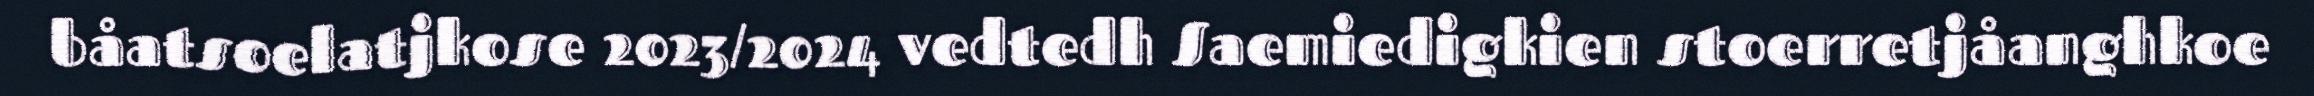
båatsoelatjkose 2023/2024 vedtedh Saemiedigkien stoerretjåanghkoe